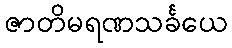
ဇာတိမရဏသင်္ခယေ